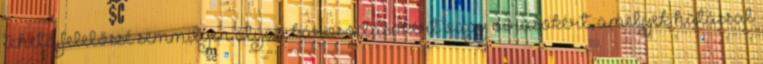
tehető felelőssé semmilyen olyan károsodásokért vagy vírusokért, amelyek hatással